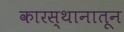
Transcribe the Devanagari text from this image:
कारस्थानातून